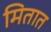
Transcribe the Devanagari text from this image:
मितात